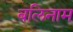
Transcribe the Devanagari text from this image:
बलिनाम